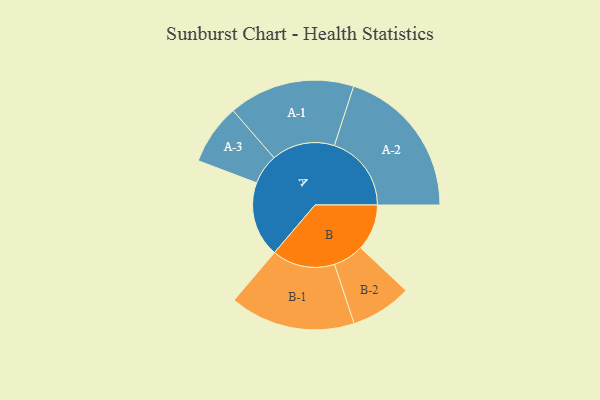
{"axis": {"x": "Segment", "y": "Value"}, "legend": ["", "A", "B"], "data": [{"x": "A", "y": 259, "type": ""}, {"x": "B", "y": 159, "type": ""}, {"x": "A-1", "y": 217, "type": "A"}, {"x": "A-2", "y": 265, "type": "A"}, {"x": "A-3", "y": 104, "type": "A"}, {"x": "B-1", "y": 216, "type": "B"}, {"x": "B-2", "y": 105, "type": "B"}]}